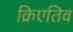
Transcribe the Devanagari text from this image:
क्रिएतिव